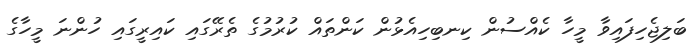
ބަލިޖެހިފައިވާ މީހާ ކެއްސުން ކިނބިހިއެޅުން ކަންތައް ކުރުމުގެ ތެރޭގައި ކައިރީގައި ހުންނަ މީހާގެ